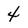
Character: 4